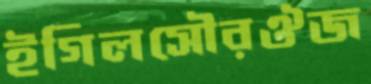
ইগিলসৌরঔজ